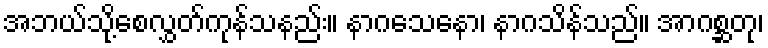
အဘယ်သို့စေလွှတ်ကုန်သနည်း။ နာဂသေနော၊ နာဂသိန်သည်။ အာဂစ္ဆတု၊